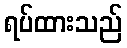
ရပ်ထားသည်